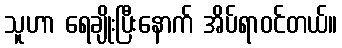
သူဟာ ရေချိုးပြီးနောက် အိပ်ရာဝင်တယ်။